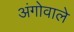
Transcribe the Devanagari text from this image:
अंगोवाले